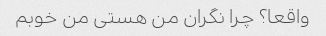
واقعا؟ چرا نگران من هستی من خوبم